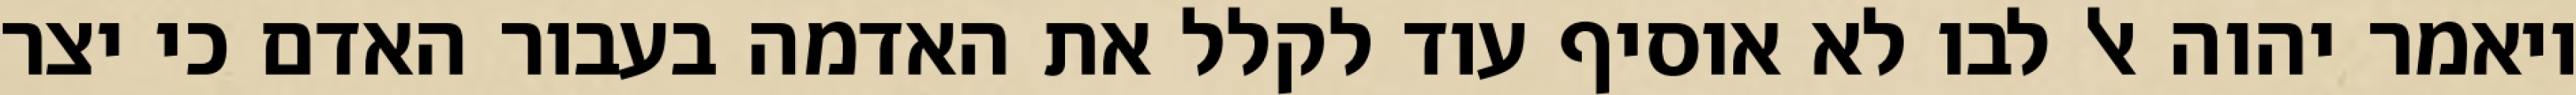
ויאמר יהוה אל לבו לא אוסיף עוד לקלל את האדמה בעבור האדם כי יצר